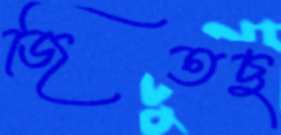
জিতছ